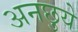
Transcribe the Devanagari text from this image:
अनछुये